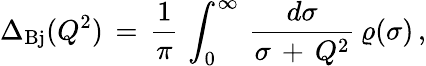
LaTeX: \Delta_{\mathrm{Bj}}(Q^{2})\, =\, \frac{1}{\pi}\, \int_{0}^{\infty}\, \frac{d\sigma}{\sigma\, +\, Q^{2}}\, \varrho(\sigma)\, ,